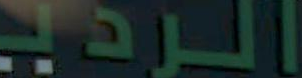
الردي